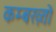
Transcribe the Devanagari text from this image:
कम्बख़्तो